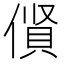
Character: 𠍦